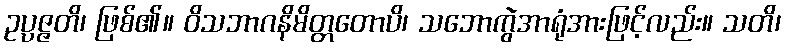
ဥပ္ပဇ္ဇတိ၊ ဖြစ်၏။ ဝိသဘာဂနိမိတ္တတောပိ၊ သဘောကွဲအာရုံအားဖြင့်လည်း။ သတိ၊